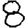
Digit: 8